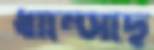
ধাম্‌সেছে